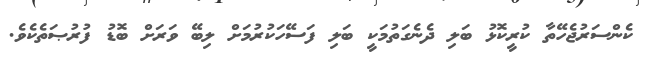
ކެންސަރުޖެހޭތާ ކުރީކޮޅު ބަލި ދެނެގަތުމަކީ ބަލި ފަސޭހަކުރުމަށް ލިބޭ ވަރަށް ބޮޑު ފުރުޞަތެކެވެ.